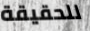
للحقيقة